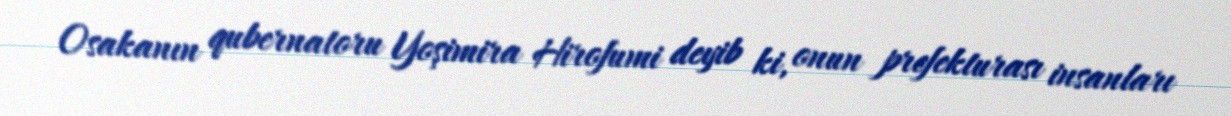
Osakanın qubernatoru Yoşimira Hirofumi deyib ki, onun prefekturası insanları